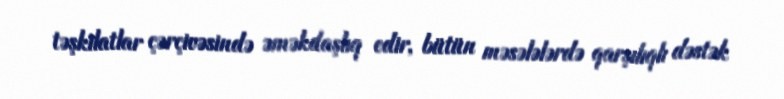
təşkilatlar çərçivəsində əməkdaşlıq edir, bütün məsələlərdə qarşılıqlı dəstək